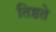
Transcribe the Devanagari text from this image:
तिष्ठते